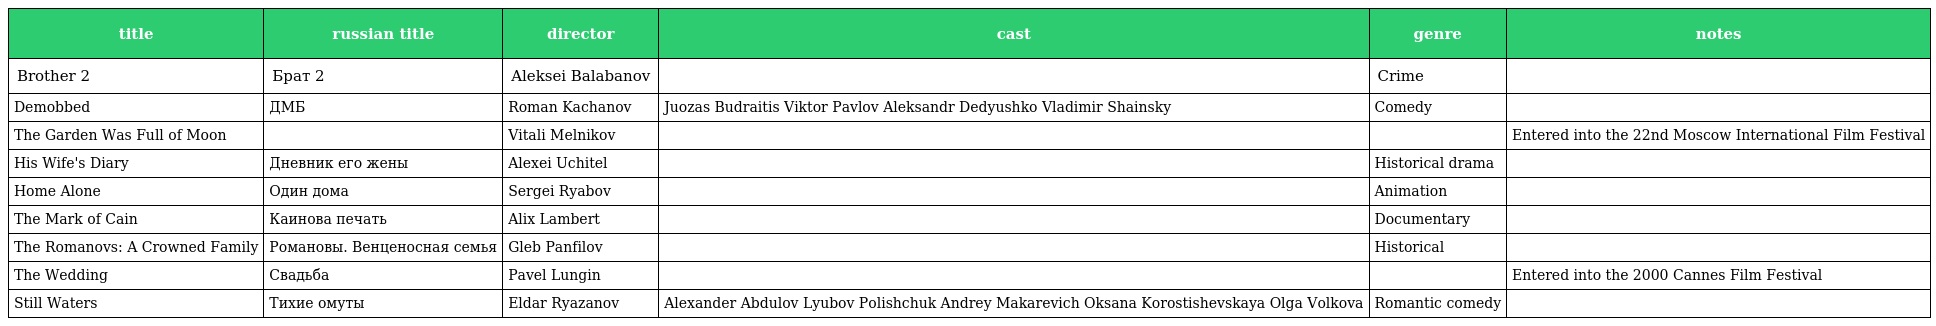
| title | russian title | director | cast | genre | notes |
 | --- | --- | --- | --- | --- | --- |
 | Brother 2 | Брат 2 | Aleksei Balabanov |  | Crime |  |
 | Demobbed | ДМБ | Roman Kachanov | Juozas Budraitis Viktor Pavlov Aleksandr Dedyushko Vladimir Shainsky | Comedy |  |
 | The Garden Was Full of Moon |  | Vitali Melnikov |  |  | Entered into the 22nd Moscow International Film Festival |
 | His Wife's Diary | Дневник его жены | Alexei Uchitel |  | Historical drama |  |
 | Home Alone | Один дома | Sergei Ryabov |  | Animation |  |
 | The Mark of Cain | Каинова печать | Alix Lambert |  | Documentary |  |
 | The Romanovs: A Crowned Family | Романовы. Венценосная семья | Gleb Panfilov |  | Historical |  |
 | The Wedding | Свадьба | Pavel Lungin |  |  | Entered into the 2000 Cannes Film Festival |
 | Still Waters | Тихие омуты | Eldar Ryazanov | Alexander Abdulov Lyubov Polishchuk Andrey Makarevich Oksana Korostishevskaya Olga Volkova | Romantic comedy |  |